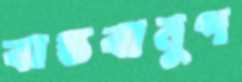
বাস্তবানুগ